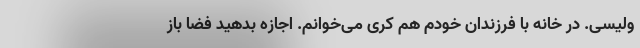
ولیسی. در خانه با فرزندان خودم هم کری می‌خوانم. اجازه بدهید فضا باز